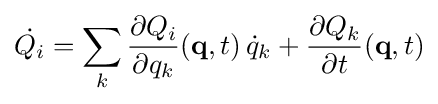
{\dot {Q_{i}}}=\sum _{k}{\frac {\partial Q_{i}}{\partial q_{k}}}(\mathbf {q} ,t)\,{\dot {q}}_{k}+{\frac {\partial Q_{k}}{\partial t}}(\mathbf {q} ,t)